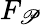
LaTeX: F_{\mathscr{P}}